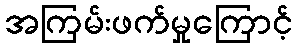
အကြမ်းဖက်မှုကြောင့်